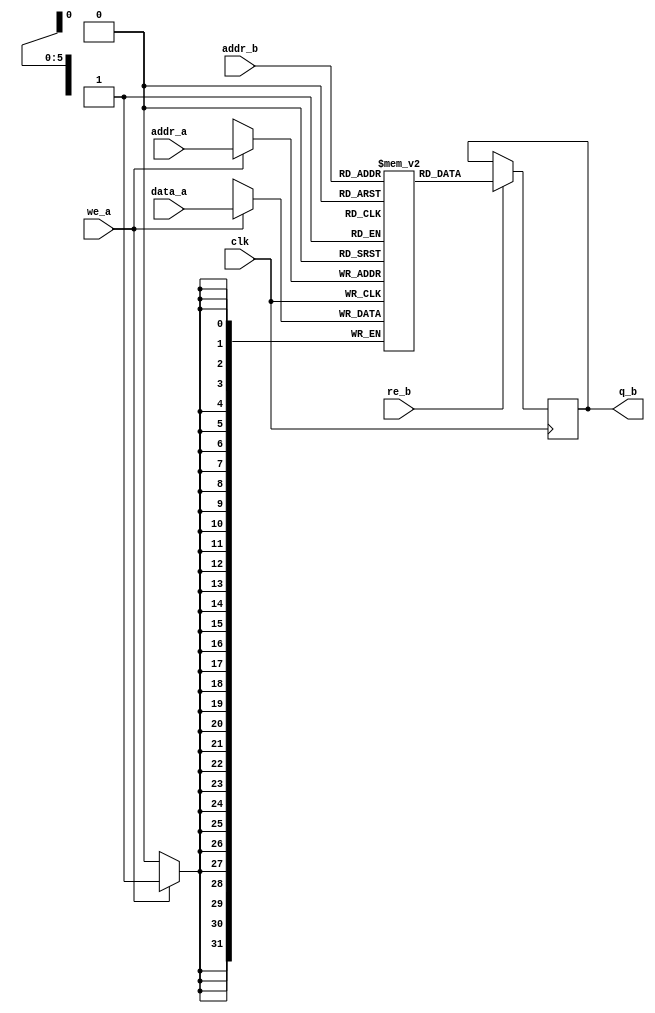
module true_dual_port_ram#(
parameter addrLen = 6,
parameter dataLen = 32,
parameter memSize = 1 << addrLen
//parameter ram_type = "distributed"
)
(
	input [dataLen-1:0] data_a,
	input [addrLen-1:0] addr_a, addr_b,
	input we_a, re_b, clk,
	output reg [dataLen-1:0] q_b
);
	// Declare the RAM variable
	reg [dataLen-1:0] ram[memSize-1:0];
	
	// Port A
	always @ (posedge clk)
	begin
		if (we_a) 
		begin
			ram[addr_a] <= data_a;
		end
	end
	
	// Port B
	always @ (posedge clk)
	begin
		if (re_b)
		begin
			q_b <= ram[addr_b];
		end
		
	end
	
endmodule